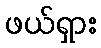
ဖယ်ရှား